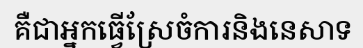
គឺជាអ្នកធ្វើស្រែចំការនិងនេសាទ